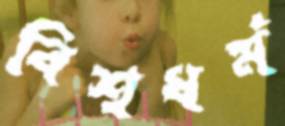
বিশ্বধর্ম